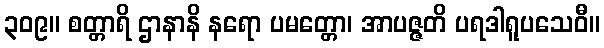
၃၀၉။ စတ္တာရိ ဌာနာနိ နရော ပမတ္တော၊ အာပဇ္ဇတိ ပရဒါရူပသေဝီ။